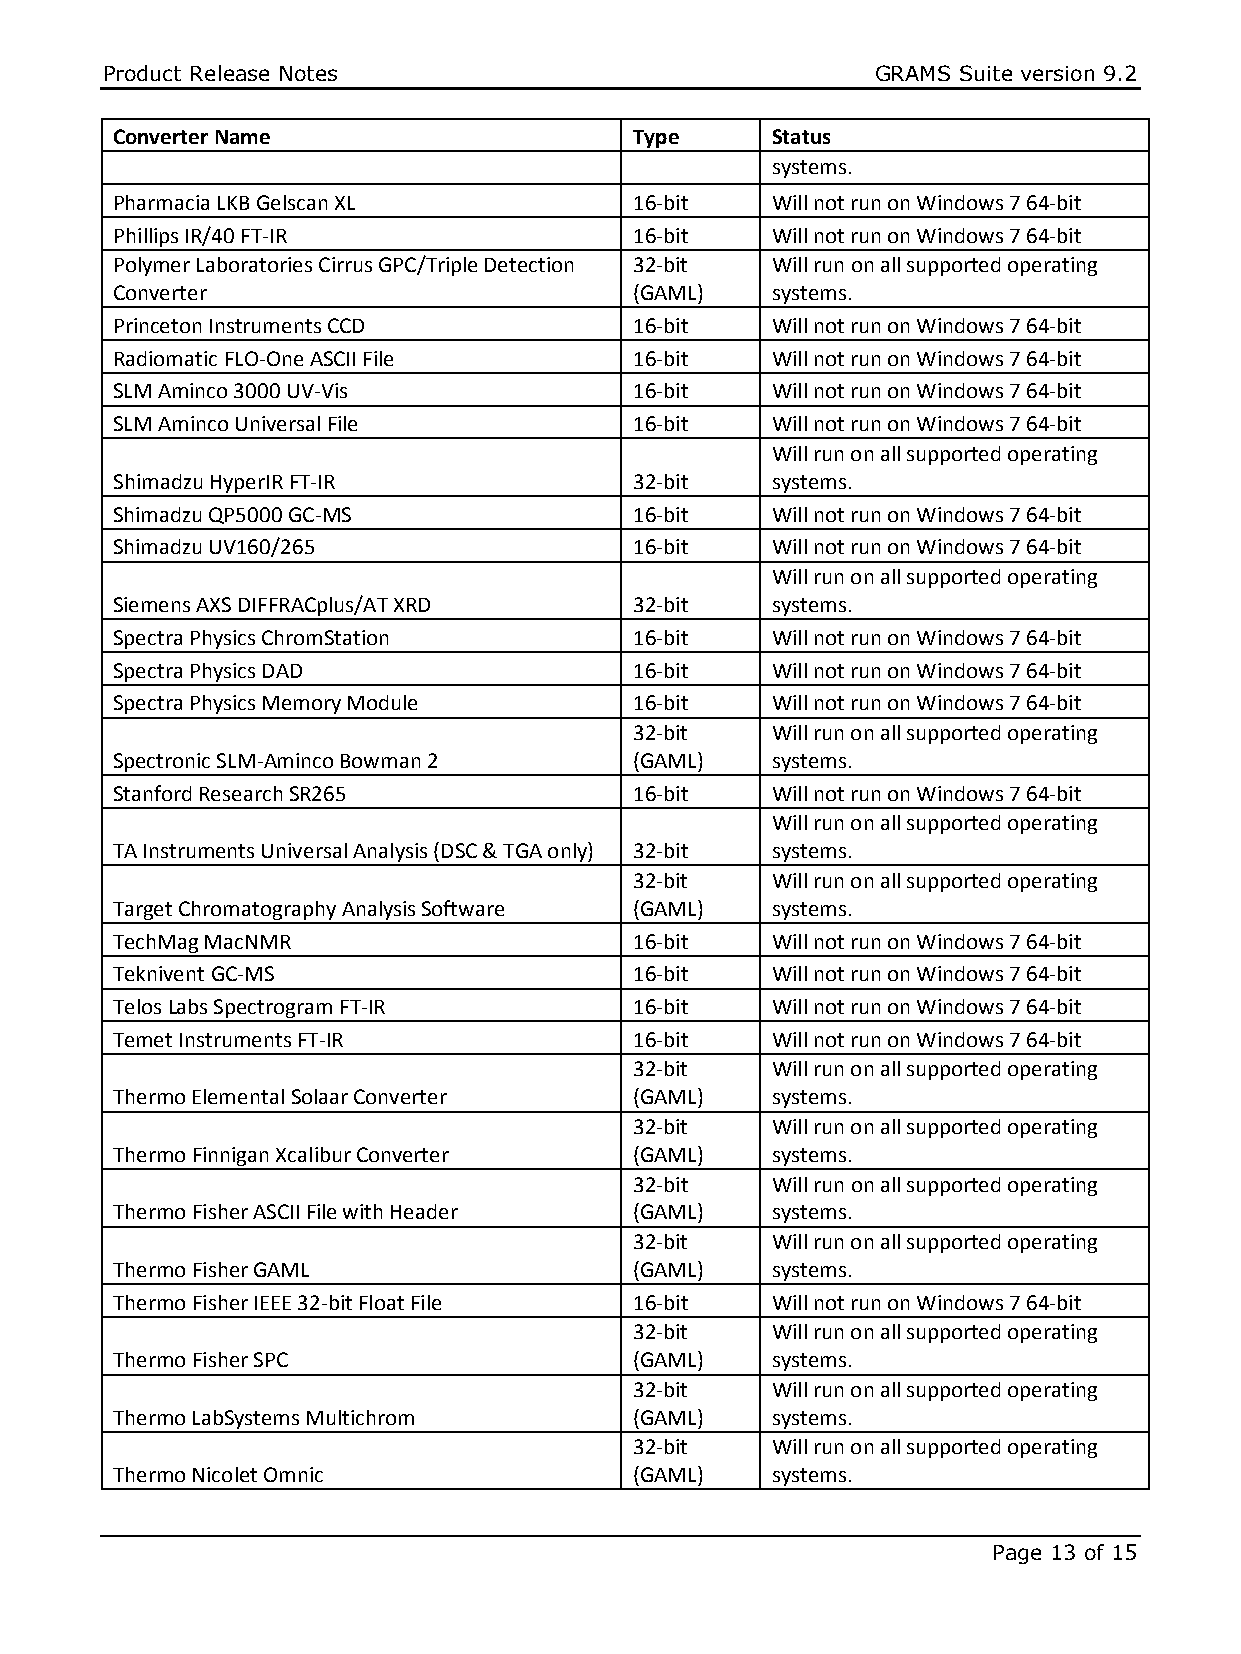
Product Release Notes                              GRAMS Suite version 9.2
 Converter Name                     Type     Status
 systems.
 Pharmacia LKB Gelscan XL           16-bit   Will not run on Windows 7 64-bit
 Phillips IR/40 FT-IR               16-bit   Will not run on Windows 7 64-bit
 Polymer Laboratories Cirrus GPC/Triple Detection 32-bit Will run on all supported operating
 Converter                          (GAML)   systems.
 Princeton Instruments CCD          16-bit   Will not run on Windows 7 64-bit
 Radiomatic FLO-One ASCII File      16-bit   Will not run on Windows 7 64-bit
 SLM Aminco 3000 UV-Vis             16-bit   Will not run on Windows 7 64-bit
 SLM Aminco Universal File          16-bit   Will not run on Windows 7 64-bit
 Will run on all supported operating
 Shimadzu HyperIR FT-IR             32-bit   systems.
 Shimadzu QP5000 GC-MS              16-bit   Will not run on Windows 7 64-bit
 Shimadzu UV160/265                 16-bit   Will not run on Windows 7 64-bit
 Will run on all supported operating
 Siemens AXS DIFFRACplus/AT XRD     32-bit   systems.
 Spectra Physics ChromStation       16-bit   Will not run on Windows 7 64-bit
 Spectra Physics DAD                16-bit   Will not run on Windows 7 64-bit
 Spectra Physics Memory Module      16-bit   Will not run on Windows 7 64-bit
 32-bit   Will run on all supported operating
 Spectronic SLM-Aminco Bowman 2     (GAML)   systems.
 Stanford Research SR265            16-bit   Will not run on Windows 7 64-bit
 Will run on all supported operating
 TA Instruments Universal Analysis (DSC & TGA only) 32-bit systems.
 32-bit   Will run on all supported operating
 Target Chromatography Analysis Software (GAML) systems.
 TechMag MacNMR                     16-bit   Will not run on Windows 7 64-bit
 Teknivent GC-MS                    16-bit   Will not run on Windows 7 64-bit
 Telos Labs Spectrogram FT-IR       16-bit   Will not run on Windows 7 64-bit
 Temet Instruments FT-IR            16-bit   Will not run on Windows 7 64-bit
 32-bit   Will run on all supported operating
 Thermo Elemental Solaar Converter  (GAML)   systems.
 32-bit   Will run on all supported operating
 Thermo Finnigan Xcalibur Converter (GAML)   systems.
 32-bit   Will run on all supported operating
 Thermo Fisher ASCII File with Header (GAML) systems.
 32-bit   Will run on all supported operating
 Thermo Fisher GAML                 (GAML)   systems.
 Thermo Fisher IEEE 32-bit Float File 16-bit Will not run on Windows 7 64-bit
 32-bit   Will run on all supported operating
 Thermo Fisher SPC                  (GAML)   systems.
 32-bit   Will run on all supported operating
 Thermo LabSystems Multichrom       (GAML)   systems.
 32-bit   Will run on all supported operating
 Thermo Nicolet Omnic               (GAML)   systems.
 Page 13 of 15